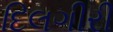
દિલગીરી